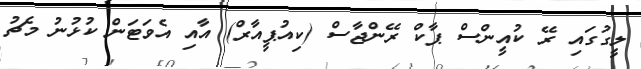
ލީގުގައި ރޭ ކުއީންސް ޕާކް ރޭންޖާސް (ކިއުޕީއާރް) އާއި އެވަޓަން ކުޅުނު މެޗު